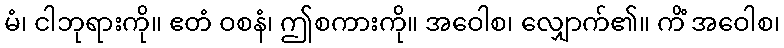
မံ၊ ငါဘုရားကို။ ဧတံ ဝစနံ၊ ဤစကားကို။ အဝေါစ၊ လျှောက်၏။ ကိံ အဝေါစ၊